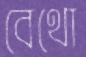
বেথো